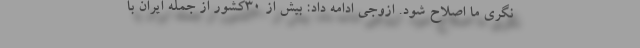
نگری ما اصلاح شود. ازوجی ادامه داد: بیش از 30کشور از جمله ایران با